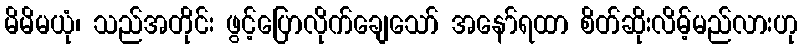
မိမိမယုံ၊ သည်အတိုင်း ဖွင့်ပြောလိုက်ချေသော် အနော်ရထာ စိတ်ဆိုးလိမ့်မည်လားဟု